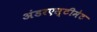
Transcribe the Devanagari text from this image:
अंडरएस्टीमेट